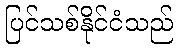
ပြင်သစ်နိုင်ငံသည်